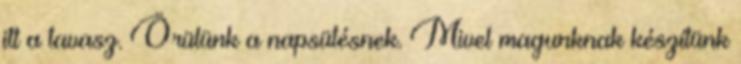
itt a tavasz. Örülünk a napsütésnek. Mivel magunknak készítünk